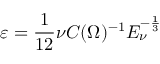
\varepsilon = \frac 1 { 1 2 } \nu C ( \Omega ) ^ { - 1 } E _ { \nu } ^ { - \frac 1 3 }